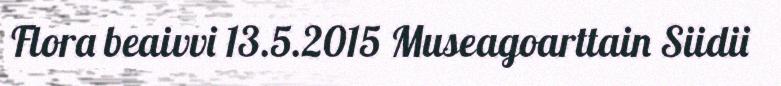
Flora beaivvi 13.5.2015 Museagoarttain Siidii